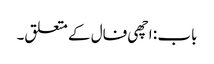
باب : اچھی فال کے متعلق۔